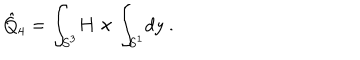
\hat { Q } _ { 4 } = \int _ { S ^ { 3 } } \! H \times \int _ { S ^ { 1 } } \! d y \ .